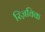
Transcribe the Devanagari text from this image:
रिज़विक